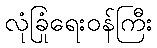
လုံခြုံရေးဝန်ကြီး